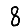
Digit: 8